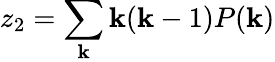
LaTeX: z_{2}=\sum_{\mathbf{k}}\mathbf{k}(\mathbf{k}-1)P(\mathbf{k})